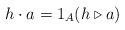
LaTeX: \begin{align*}h\cdot a =1_A (h\triangleright a) \end{align*}